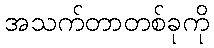
အသက်တာတစ်ခုကို